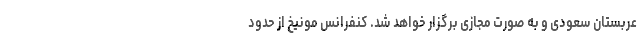
عربستان سعودی و به صورت مجازی برگزار خواهد شد. کنفرانس مونیخ از حدود